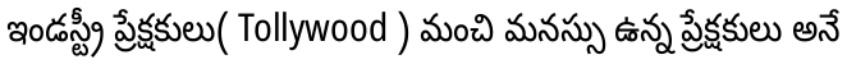
ఇండస్ట్రీ ప్రేక్షకులు( Tollywood ) మంచి మనస్సు ఉన్న ప్రేక్షకులు అనే